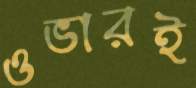
ওভারই